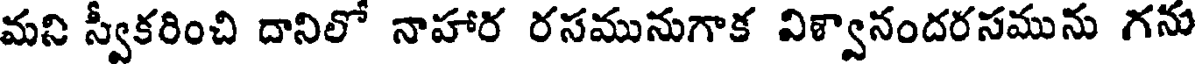
మని స్వీకరించి దానిలో నాహార రసమునుగాక విళ్వానందరసమును గను